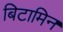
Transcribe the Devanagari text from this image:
बिटामिन